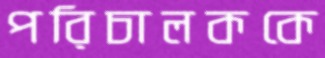
পরিচালককে